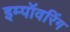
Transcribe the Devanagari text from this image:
इम्पॉवरिंग